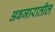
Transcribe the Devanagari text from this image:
अवजारातील